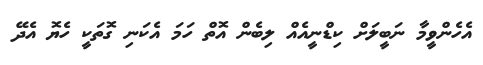
އެހެންވީމާ ނަބީލަށް ކިޑްނީއެއް ލިބެން އޮތް ހަމަ އެކަނި ގޮތަކީ ހެޔޮ އެދޭ